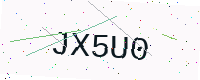
Text: JX5U0